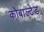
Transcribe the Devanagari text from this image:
कोबाल्टेड